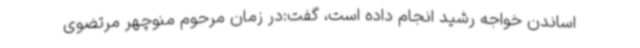
اساندن خواجه رشید انجام داده است، گفت:در زمان مرحوم منوچهر مرتضوی